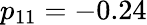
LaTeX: p_{11}=-0.24